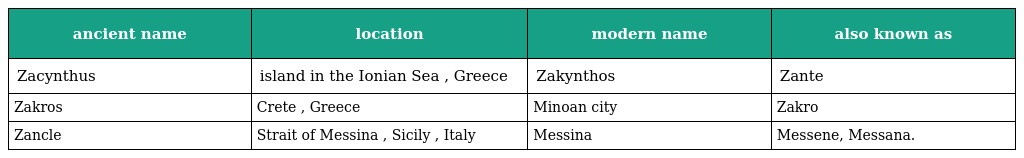
| ancient name | location | modern name | also known as |
 | --- | --- | --- | --- |
 | Zacynthus | island in the Ionian Sea , Greece | Zakynthos | Zante |
 | Zakros | Crete , Greece | Minoan city | Zakro |
 | Zancle | Strait of Messina , Sicily , Italy | Messina | Messene, Messana. |